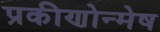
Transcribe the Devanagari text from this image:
प्रकीणोन्मेष